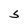
Character: S